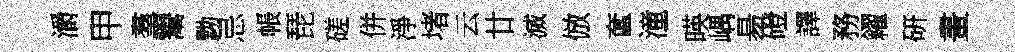
灂甲羣鬻黝忌帳琵磋併淨堵云廿滅倣奩潼暎嵎昜磴譯務糴硏畫